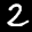
Label: 2